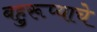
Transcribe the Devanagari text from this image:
बहुरूप्याचे